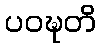
ပဝဍ္ဎတိ